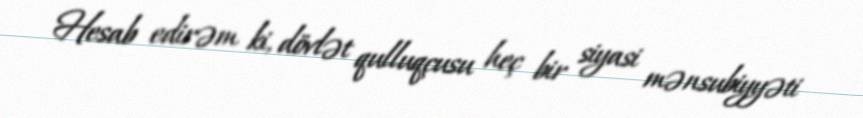
Hesab edirəm ki, dövlət qulluqçusu heç bir siyasi mənsubiyyəti